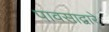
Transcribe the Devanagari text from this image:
पावसाद्वारे